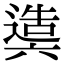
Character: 𨖰